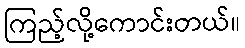
ကြည့်လို့ကောင်းတယ်။